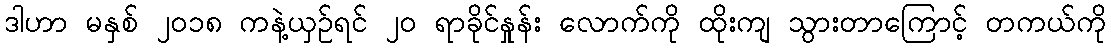
ဒါဟာ မနှစ် ၂၀၁၈ ကနဲ့ယှဉ်ရင် ၂၀ ရာခိုင်နှုန်း လောက်ကို ထိုးကျ သွားတာကြောင့် တကယ်ကို